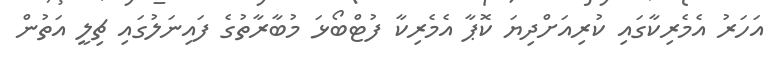
އަހަރު އެމެރިކާގައި ކުރިއަށްދިޔަ ކޮޕާ އެމެރިކާ ފުޓްބޯޅަ މުބާރާތުގެ ފައިނަލުގައި ޗިލީ އަތުން